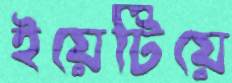
ইয়েটিয়ে